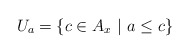
\begin{align*} U_a = \{c\in A_x\ |\ a\le c\}\end{align*}